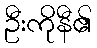
ဦးကိုနီ၏